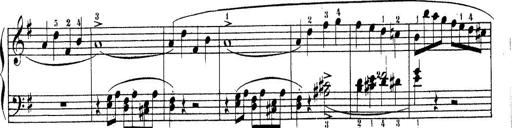
Title: Piano Sonatine No.2
Composer: Peter Piel
Key: G major